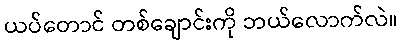
ယပ်တောင် တစ်ချောင်းကို ဘယ်လောက်လဲ။